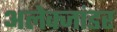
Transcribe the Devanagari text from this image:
अलेक्जांडर